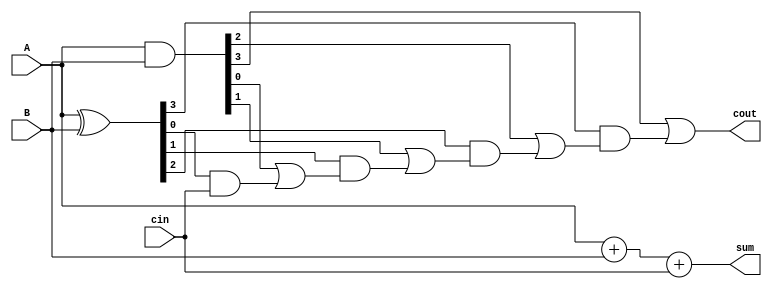
module carry_lookahead_adder (
    input [3:0] A,
    input [3:0] B,
    input cin,
    output [3:0] sum,
    output cout
);

wire [3:0] P, G;
wire [4:0] C;

assign P = A ^ B;
assign G = A & B;
assign C[0] = cin;

genvar i;
generate
    for (i = 0; i < 4; i = i + 1) begin
        assign C[i+1] = G[i] | (P[i] & C[i]);
    end
endgenerate

assign sum = A + B + cin;
assign cout = C[4];

endmodule